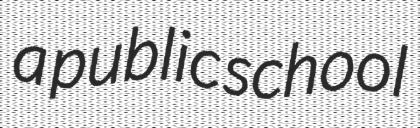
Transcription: a public school